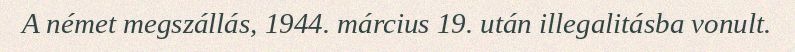
A német megszállás, 1944. március 19. után illegalitásba vonult.